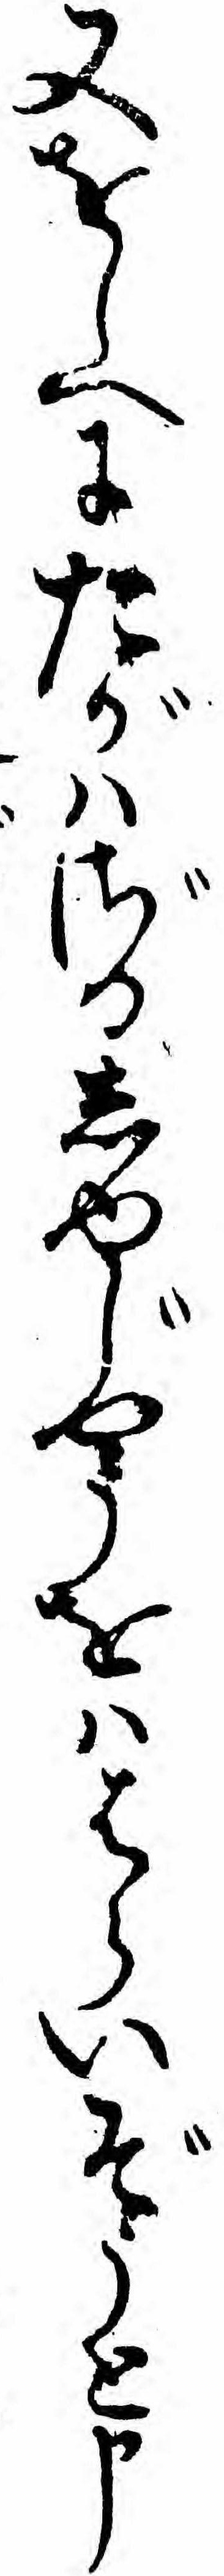
又をしへにたがハざるしゆじやうをハはらいぞうと申